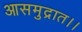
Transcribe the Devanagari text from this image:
आसमुद्रात।।